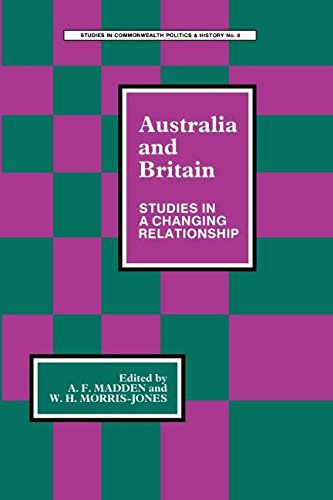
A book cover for Australia and Britain: Studies in a Changing Relationship (Studies in Commonwealth Politics and History; No. 5); James Homs; History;